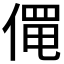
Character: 𬿄